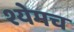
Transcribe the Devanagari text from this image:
श्येमच